Papers set at the Examination for Leaving Certificates, 1892
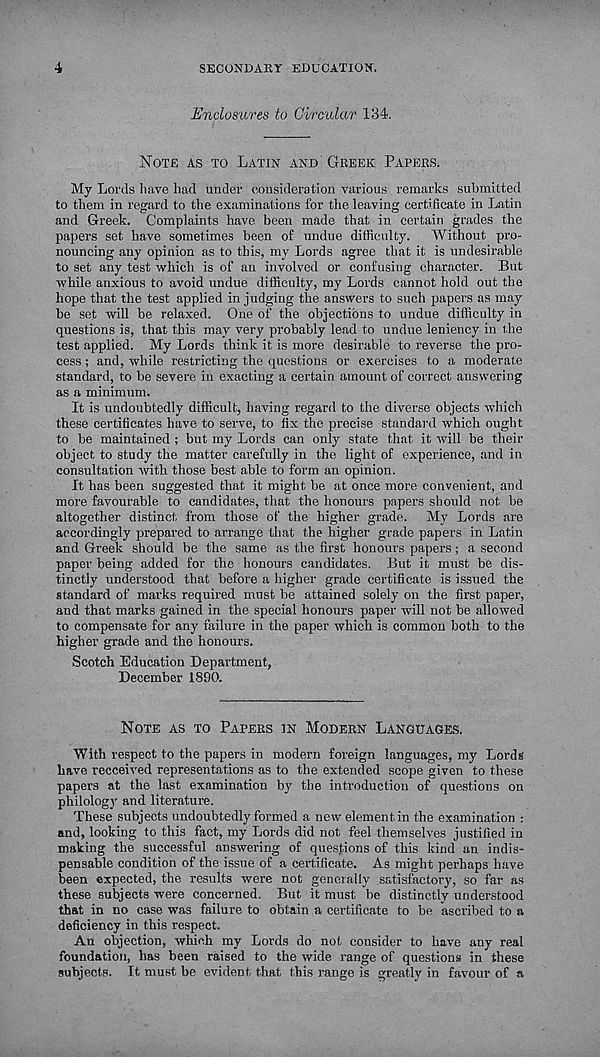
4
SECONDARY EDUCATION.
Enclosures to Circular 134.
NOTE AS TO LATIN AND GREEK PAPERS.
My Lords have had under consideration various remarks submitted
to them in regard to the examinations for the leaving certificate in Latin
and Greek. Complaints have been made that in certain grades the
papers set have sometimes been of undue difficulty.
Without pro-
nouncing any opinion as to this, my Lords agree that it is undesirable
to set any test which is of an involved or confusing character. But
while anxious to avoid undue difficulty, my Lords cannot hold out the
hope that the test applied in judging the answers to such papers as may
be set will be relaxed. One of the objections to undue difficulty in
questions is, that this may very probably lead to undue leniency in the
test applied. My Lords think it is more desirable to reverse the pro-
cess ; and, while restricting the questions or exercises to a moderate
standard, to be severe in exacting a certain amount of correct answering
as a minimum.
It is undoubtedly difficult, having regard to the diverse objects which
these certificates have to serve, to fix the precise standard which ought
to be maintained ; but my Lords can only state that it will be their
object to study the matter carefully in the light of experience, and in
consultation with those best able to form an opinion.
It has been suggested that it might be at once more convenient, and
more favourable to candidates, that the honours papers should not be
altogether distinct from those of the higher grade. My Lords are
accordingly prepared to arrange that the higher grade papers in Latin
and Greek should be the same as the first honours papers; a second
paper being added for the honours candidates. But it must be dis-
tinctly understood that before a higher grade certificate is issued the
standard of marks required must be attained solely on the first paper,
and that marks gained in the special honours paper will not be allowed
to compensate for any failure in the paper which is common both to the
higher grade and the honours.
Scotch Education Department,
December 1890.
NOTE AS TO PAPERS IN MODERN LANGUAGES.
With respect to the papers in modern foreign languages, my Lords
have recceived representations as to the extended scope given to these
papers at the last examination by the introduction of questions on
philology and literature.
These subjects undoubtedly formed a new element in the examination :
and, looking to this fact, my Lords did not feel themselves justified in
making the successful answering of questions of this kind an indis-
pensable condition of the issue of a certificate. As might perhaps have
been expected, the results were not generally satisfactory, so far as
these subjects were concerned. But it must be distinctly understood
that in no case was failure to obtain a certificate to be ascribed to a
deficiency in this respect.
An objection, which my Lords do not consider to have any real
foundation, has been raised to the wide range of questions in these
subjects. It must be evident that this range is greatly in favour of a